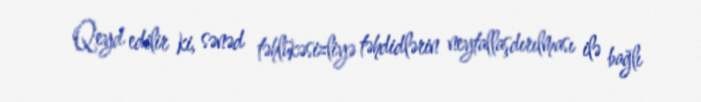
Qeyd edilir ki, sənəd təhlükəsizliyə təhdidlərin neytallaşdırılması ilə bağlı